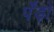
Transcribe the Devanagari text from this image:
पॅंड़ो